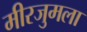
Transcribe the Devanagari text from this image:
मीरजुमला